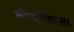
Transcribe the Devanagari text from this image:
सीमाधिकता